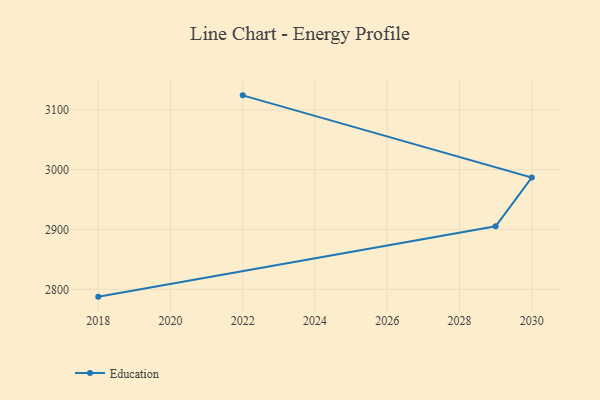
{"axis": {"x": "Year", "y": "Shipments"}, "legend": ["Education"], "data": [{"x": "2018", "y": 2787.8, "type": "Education"}, {"x": "2029", "y": 2905.4, "type": "Education"}, {"x": "2030", "y": 2986.7, "type": "Education"}, {"x": "2022", "y": 3124.1, "type": "Education"}]}